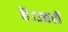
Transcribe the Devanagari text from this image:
है।उत्तरी